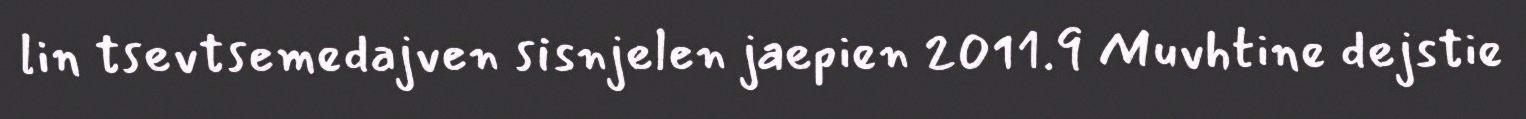
lin tsevtsemedajven sisnjelen jaepien 2011.9 Muvhtine dejstie